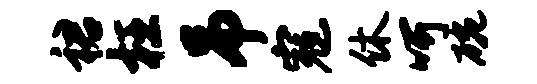
裙枉吊寇休呵碗